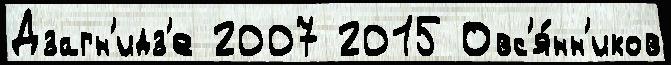
Дзагн'идз'е 2007 2015 Овс'я́нн'иков